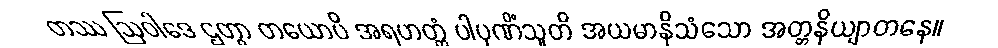
တဿ ဩဝါဒေ ဌတွာ တယောပိ အရဟတ္တံ ပါပုဏိံသူတိ အယမာနိသံသော အတ္တနိယျာတနေ။